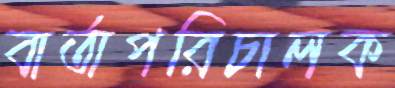
বার্তাপরিচালক